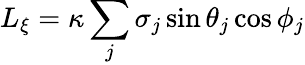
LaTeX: L_{\xi}=\kappa\sum_{j}\sigma_{j}\sin\theta_{j}\cos\phi_{j}